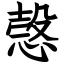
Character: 愨